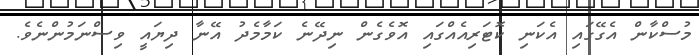
މުސްކާން އެގޭގައި އެކަނި ކޮޓަރިއެއްގައި އޮވެގެން ނިދޭނެ ކަމާމެދު އޭނާ ދިޔައީ ވިސްނަމުންނެވެ.